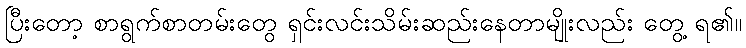
ပြီးတော့ စာရွက်စာတမ်းတွေ ရှင်းလင်းသိမ်းဆည်းနေတာမျိုးလည်း တွေ့ ရ၏။